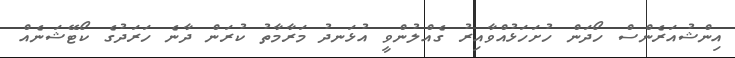
އިންޝުއަރެންސް ހޯދަން ހުށަހަޅުއްވާއިރު ގެއްލުންވީ އުޅަނދު މަރާމާތު ކުރަން ދާނެ ހަރަދުގެ ކޯޓޭޝަނެއް